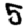
Digit: 5